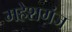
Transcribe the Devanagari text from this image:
महेशगंज